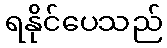
ရနိုင်ပေသည်